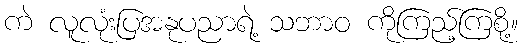
ကဲ လူလုံးပြအနုပညာရဲ့ သဘာဝ ကိုကြည့်ကြစို့။